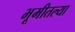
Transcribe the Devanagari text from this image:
भूमीतल्या